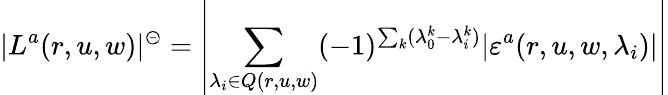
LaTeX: |L^{a}(r,u,w)|^{\circleddash}=\left|\sum_{\lambda_{i}\in Q(r,u,w)}(-1)^{\sum_{k}(\lambda_{0}^{k}-\lambda_{i}^{k})}|\varepsilon^{a}(r,u,w,\lambda_{i})|\right|